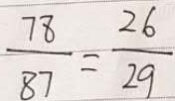
\frac { 7 8 } { 8 7 } = \frac { 2 6 } { 2 9 }